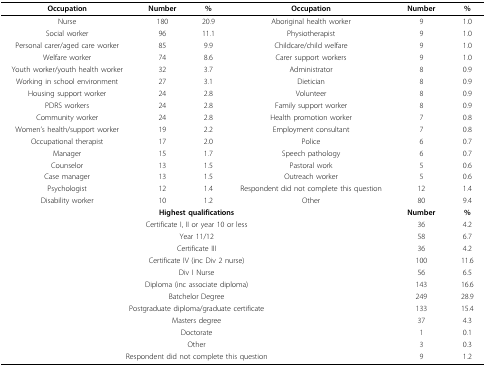
<table><thead><tr><td><b>Occupation</b></td><td><b>Number</b></td><td><b>%</b></td><td><b>Occupation</b></td><td><b>Number</b></td><td><b>%</b></td></tr></thead><tbody><tr><td>Nurse</td><td>180</td><td>20.9</td><td>Aboriginal health worker</td><td>9</td><td>1.0</td></tr><tr><td>Social worker</td><td>96</td><td>11.1</td><td>Physiotherapist</td><td>9</td><td>1.0</td></tr><tr><td>Personal carer/aged care worker</td><td>85</td><td>9.9</td><td>Childcare/child welfare</td><td>9</td><td>1.0</td></tr><tr><td>Welfare worker</td><td>74</td><td>8.6</td><td>Carer support workers</td><td>9</td><td>1.0</td></tr><tr><td>Youth worker/youth health worker</td><td>32</td><td>3.7</td><td>Administrator</td><td>8</td><td>0.9</td></tr><tr><td>Working in school environment</td><td>27</td><td>3.1</td><td>Dietician</td><td>8</td><td>0.9</td></tr><tr><td>Housing support worker</td><td>24</td><td>2.8</td><td>Volunteer</td><td>8</td><td>0.9</td></tr><tr><td>PDRS workers</td><td>24</td><td>2.8</td><td>Family support worker</td><td>8</td><td>0.9</td></tr><tr><td>Community worker</td><td>24</td><td>2.8</td><td>Health promotion worker</td><td>7</td><td>0.8</td></tr><tr><td>Women&#x27;s health/support worker</td><td>19</td><td>2.2</td><td>Employment consultant</td><td>7</td><td>0.8</td></tr><tr><td>Occupational therapist</td><td>17</td><td>2.0</td><td>Police</td><td>6</td><td>0.7</td></tr><tr><td>Manager</td><td>15</td><td>1.7</td><td>Speech pathology</td><td>6</td><td>0.7</td></tr><tr><td>Counselor</td><td>13</td><td>1.5</td><td>Pastoral work</td><td>5</td><td>0.6</td></tr><tr><td>Case manager</td><td>13</td><td>1.5</td><td>Outreach worker</td><td>5</td><td>0.6</td></tr><tr><td>Psychologist</td><td>12</td><td>1.4</td><td>Respondent did not complete this question</td><td>12</td><td>1.4</td></tr><tr><td>Disability worker</td><td>10</td><td>1.2</td><td>Other</td><td>80</td><td>9.4</td></tr><tr><td colspan="4"><b>Highest qualifications</b></td><td><b>Number</b></td><td><b>%</b></td></tr><tr><td colspan="4">Certificate I, II or year 10 or less</td><td>36</td><td>4.2</td></tr><tr><td colspan="4">Year 11/12</td><td>58</td><td>6.7</td></tr><tr><td colspan="4">Certificate III</td><td>36</td><td>4.2</td></tr><tr><td colspan="4">Certificate IV (inc Div 2 nurse)</td><td>100</td><td>11.6</td></tr><tr><td colspan="4">Div I Nurse</td><td>56</td><td>6.5</td></tr><tr><td colspan="4">Diploma (inc associate diploma)</td><td>143</td><td>16.6</td></tr><tr><td colspan="4">Batchelor Degree</td><td>249</td><td>28.9</td></tr><tr><td colspan="4">Postgraduate diploma/graduate certificate</td><td>133</td><td>15.4</td></tr><tr><td colspan="4">Masters degree</td><td>37</td><td>4.3</td></tr><tr><td colspan="4">Doctorate</td><td>1</td><td>0.1</td></tr><tr><td colspan="4">Other</td><td>3</td><td>0.3</td></tr><tr><td colspan="4">Respondent did not complete this question</td><td>9</td><td>1.2</td></tr></tbody></table>